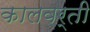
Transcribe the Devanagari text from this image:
कालवर्ती